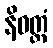
နိဝတ္တံ